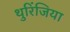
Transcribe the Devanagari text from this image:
थुरिंजिया